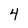
Character: 4